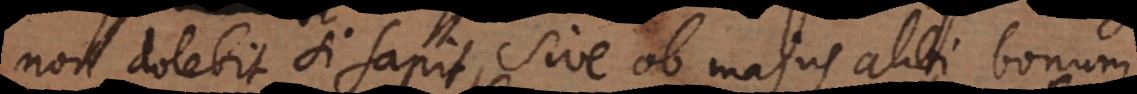
non dolebit si sapit, sive ob majus alibi bonum